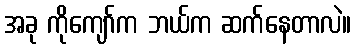
အခု ကိုကျော်က ဘယ်က ဆက်နေတာလဲ။